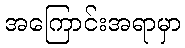
အကြောင်းအရာမှာ